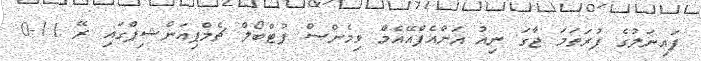
ފައިނަލުގެ ފުރަތަމަ ޖާގަ ނިއު އަށްއެފްއޭއެމް ވިމެންސް ފުޓްބޯލް ޗެމްޕިއަންޝިޕްގައި ރޭ 11-0